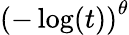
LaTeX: \left(-\log(t)\right)^{\theta}